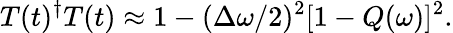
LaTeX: T(t)^{\dagger}T(t)\approx 1-(\Delta\omega/2)^{2}[1-Q(\omega)]^{2}.